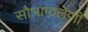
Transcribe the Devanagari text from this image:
सौभाग्यलेणी